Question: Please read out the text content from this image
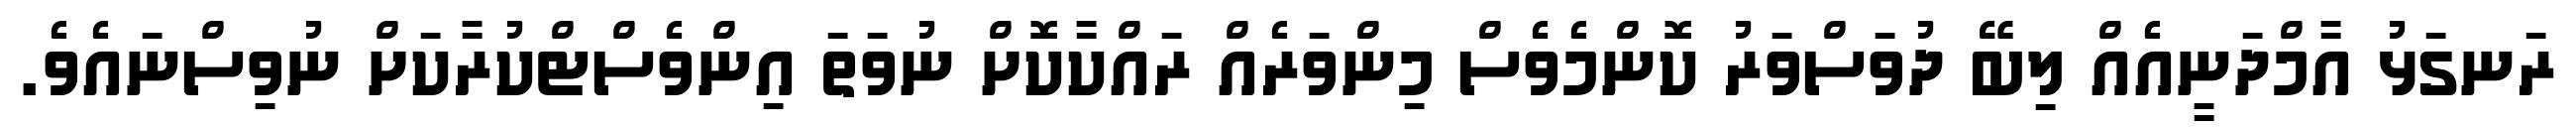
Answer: ރަނގަޅު އާމްދަނީއެއް ލިބޭ ދުވަސްވަރު ކޮންމެވެސް މިންވަރެއް ރައްކާކޮށް ނުވަތަ އިންވެސްޓްކުރާކަށް ނުވިސްނައެވެ.